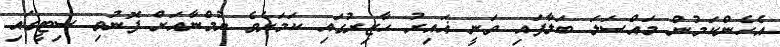
އެހެންކަމުން މައްސަލަ ބަލާފައި ވަނީ ޣައިރު ހާޒިރުގައި ކަމަށެވެ ޔުމްނާއަށް ފޮނުވި ސިޓީގައި